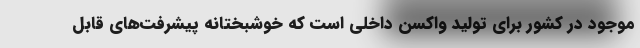
موجود در کشور برای تولید واکسن داخلی است که خوشبختانه پیشرفت‌های قابل